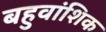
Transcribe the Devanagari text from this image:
बहुवांशिक